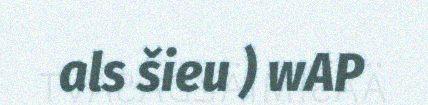
als šieu ) wAP